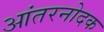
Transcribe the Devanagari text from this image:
आंतरनोदक